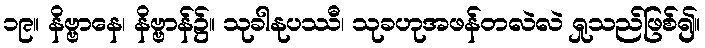
၁၉။ နိဗ္ဗာနေ၊ နိဗ္ဗာန်၌။ သုခါနုပဿီ၊ သုခဟုအဖန်တလဲလဲ ရှုသည်ဖြစ်၍။